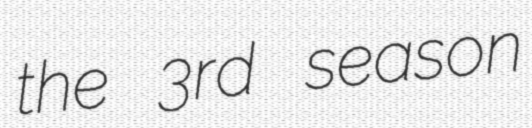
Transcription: the 3rd season